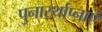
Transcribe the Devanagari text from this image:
पुनार्स्थाप्नाएं